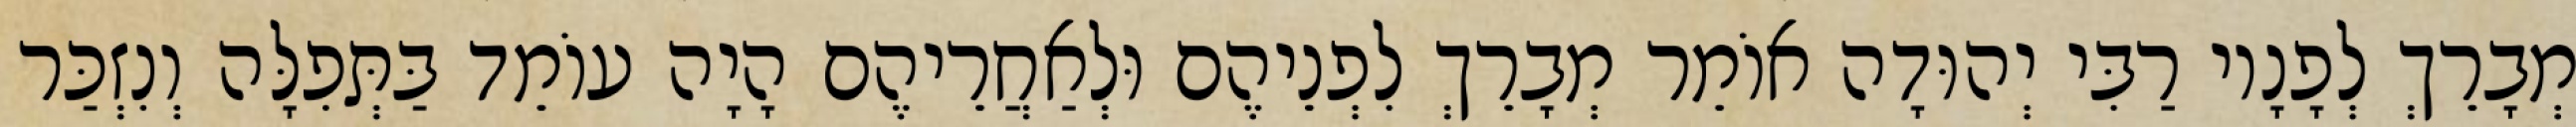
מְבָרֵךְ לְפָנָיו רַבִּי יְהוּדָה אוֹמֵר מְבָרֵךְ לִפְנֵיהֶם וּלְאַחֲרֵיהֶם הָיָה עוֹמֵד בַּתְּפִלָּה וְנִזְכַּר